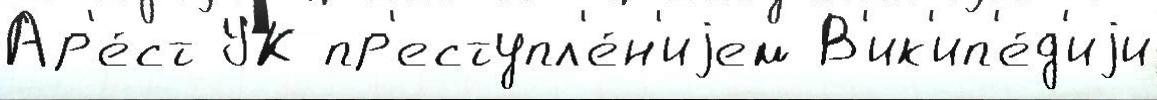
Ар'е́ст УК пр'еступл'е́н'иjем В'ик'ип'е́д'иjи